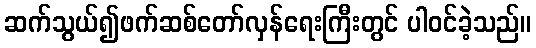
ဆက်သွယ်၍ဖက်ဆစ်တော်လှန်ရေးကြီးတွင် ပါဝင်ခဲ့သည်။